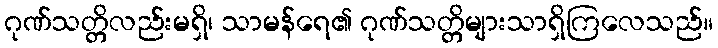
ဂုဏ်သတ္တိလည်းမရှိ၊ သာမန်ရေ၏ ဂုဏ်သတ္တိများသာရှိကြလေသည်။